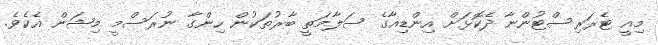
މިއީ ޓެރަރިސްޓުންނާ ދެކޮޅަށް އިންޑިއާގެ ސަލާމަތީ ބާރުތަކުން ހިންގާ ނުރަސްމީ މިޝަން އެކެވެ.